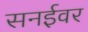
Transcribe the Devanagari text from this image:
सनईवर